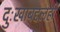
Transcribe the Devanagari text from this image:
दुःखाबद्दलही